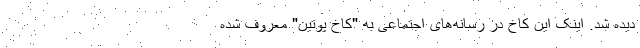
دیده شد. اینک این کاخ در رسانه‌های اجتماعی به "کاخ پوتین" معروف شده